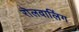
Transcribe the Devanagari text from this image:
रॊलवालिंग